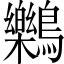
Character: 𪇱